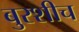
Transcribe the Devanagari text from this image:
बुरशीच